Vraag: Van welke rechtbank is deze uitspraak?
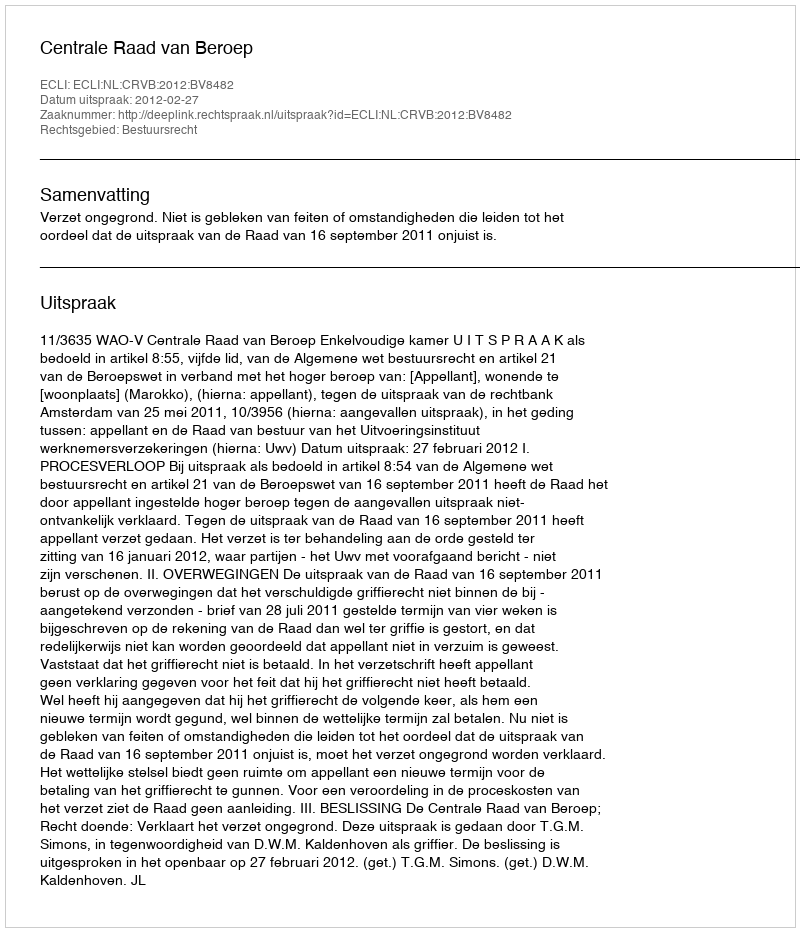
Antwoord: Centrale Raad van Beroep